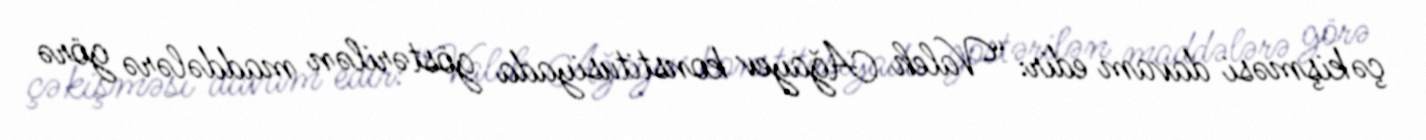
çəkişməsi davam edir: “Valeh Ağayev konstitusiyada göstərilən maddələrə görə